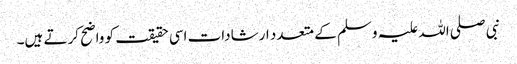
نبی صلی اللہ علیہ وسلم کے متعدد ارشادات اسی حقیقت کو واضح کرتے ہیں۔